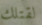
لقتلك